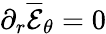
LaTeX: \partial_{r}\mathcal{\overline{{E}}}_{\theta}=0